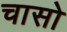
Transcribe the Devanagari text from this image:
चासो